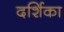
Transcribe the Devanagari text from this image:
दर्शिका